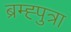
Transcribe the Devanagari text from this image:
ब्रम्ह्पुत्रा